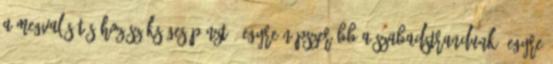
a megvalósításához szükséges pénzt. „Egyre népszerűbb a szabadstrandunk, egyre